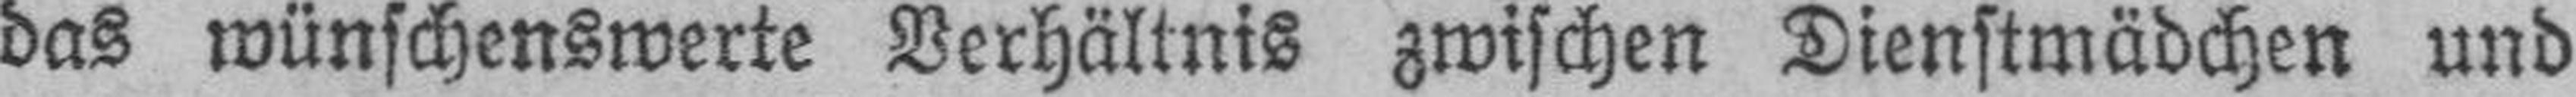
das wünschenswerte Verhältnis zwischen Dienstmädchen und